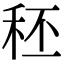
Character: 秠